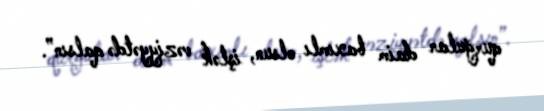
qurğular daim baxımlı olsun, işlək vəziyyətdə qalsın”.